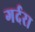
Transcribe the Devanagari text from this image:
गर्दरा